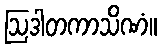
ဩဒါတကာသိဏံ။